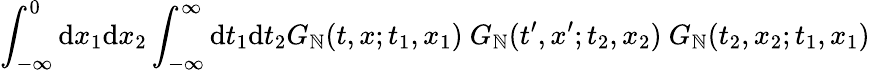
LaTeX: \int_{-\infty}^{0}\mathrm{d}x_{1}\mathrm{d}x_{2}\int_{-\infty}^{\infty}\mathrm{d}t_{1}\mathrm{d}t_{2}G_{\mathbb{N}}(t,x;t_{1},x_{1})~G_{\mathbb{N}}(t^{\prime},x^{\prime};t_{2},x_{2})~G_{\mathbb{N}}(t_{2},x_{2};t_{1},x_{1})